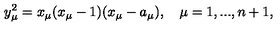
y _ { \mu } ^ { 2 } = x _ { \mu } ( x _ { \mu } - 1 ) ( x _ { \mu } - a _ { \mu } ) , \quad \mu = 1 , . . . , n + 1 ,